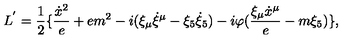
L ^ { ' } = { \frac { 1 } { 2 } } \{ { \frac { { \dot { x } } ^ { 2 } } { e } } + e m ^ { 2 } - i ( \xi _ { \mu } { \dot { \xi } } ^ { \mu } - \xi _ { 5 } { \dot { \xi } } _ { 5 } ) - i \varphi ( { \frac { \xi _ { \mu } { \dot { x } } ^ { \mu } } { e } } - m \xi _ { 5 } ) \} ,